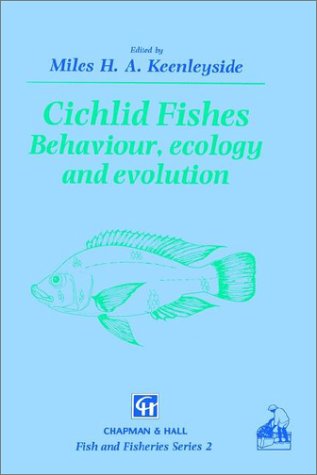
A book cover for Cichlid Fishes: Behaviour, ecology and evolution (Fish & Fisheries Series); Science & Math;